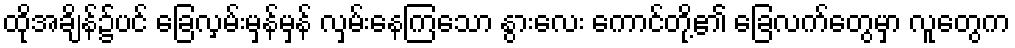
ထိုအချိန်၌ပင် ခြေလှမ်းမှန်မှန် လှမ်းနေကြသော နွားလေး ကောင်တို့၏ ခြေလက်တွေမှာ လူတွေက